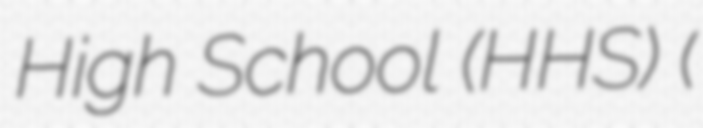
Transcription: High School (HHS) (